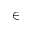
\in